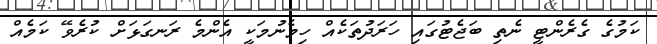
ކަމުގެ ގެރެންޓީ ނެތި ބަޖެޓުގައި ހަރަދުތަކެއް ހިމެނުމަކީ އެންމެ ރަނގަޅަށް ކުރެވޭ ކަމެއް